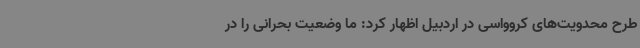
طرح محدویت‌های کروواسی در اردبیل اظهار کرد: ما وضعیت بحرانی را در